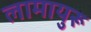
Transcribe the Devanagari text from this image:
लामायुरू